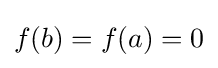
f(b)=f(a)=0